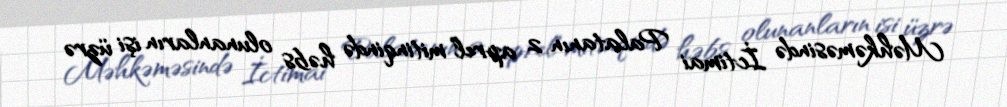
Məhkəməsində İctimai Palatanın 2 aprel mitinqində həbs olunanların işi üzrə